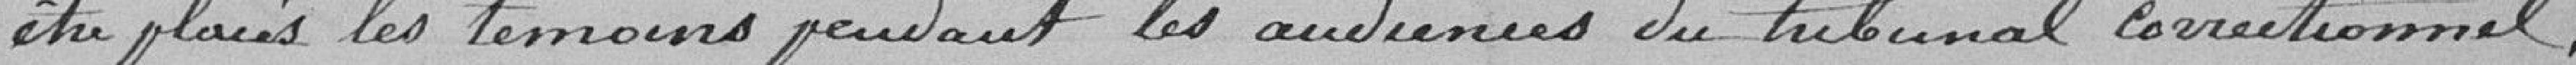
être placés les témoins pendant les audiences du tribunal correctionnel.